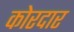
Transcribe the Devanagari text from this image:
कोरदार